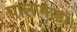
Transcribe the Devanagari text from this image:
पालामाड़ा।